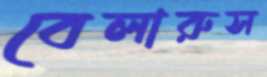
বেলারুস